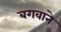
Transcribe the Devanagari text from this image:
बगवाने